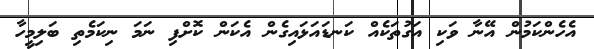
އެހެންކަމުން އޭނާ ވަކި އަގުތަކެއް ކަނޑައަޅައިގެން އެކަން ކޮށްފި ނަމަ ނިކަމެތި ބަލިމީހާ